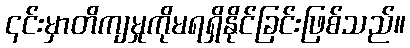
၎င်းမှာတိကျမှုကိုမရရှိနိုင်ခြင်းဖြစ်သည်။